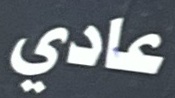
عادي